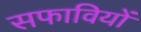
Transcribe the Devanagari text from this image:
सफावियों